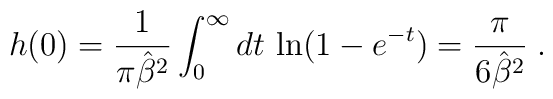
h(0)= {1\over {\pi {\hat{\beta}}^2}} \int_0^{\infty} dt \, \ln (1-e^{-t} ) = \frac {\pi} {6 {\hat{\beta}}^2} \; .